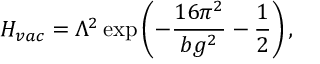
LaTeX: H _ { v a c } = \Lambda ^ { 2 } \exp \left( - \frac { 1 6 \pi ^ { 2 } } { b g ^ { 2 } } - \frac 1 2 \right) ,